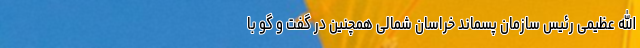
الله عظیمی رئیس سازمان پسماند خراسان شمالی همچنین در گفت و گو با